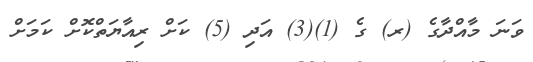
ވަނަ މާއްދާގެ (ރ) ގެ (1)(3) އަދި (5) ކަށް ރިއާޔަތްކޮށް ކަމަށް